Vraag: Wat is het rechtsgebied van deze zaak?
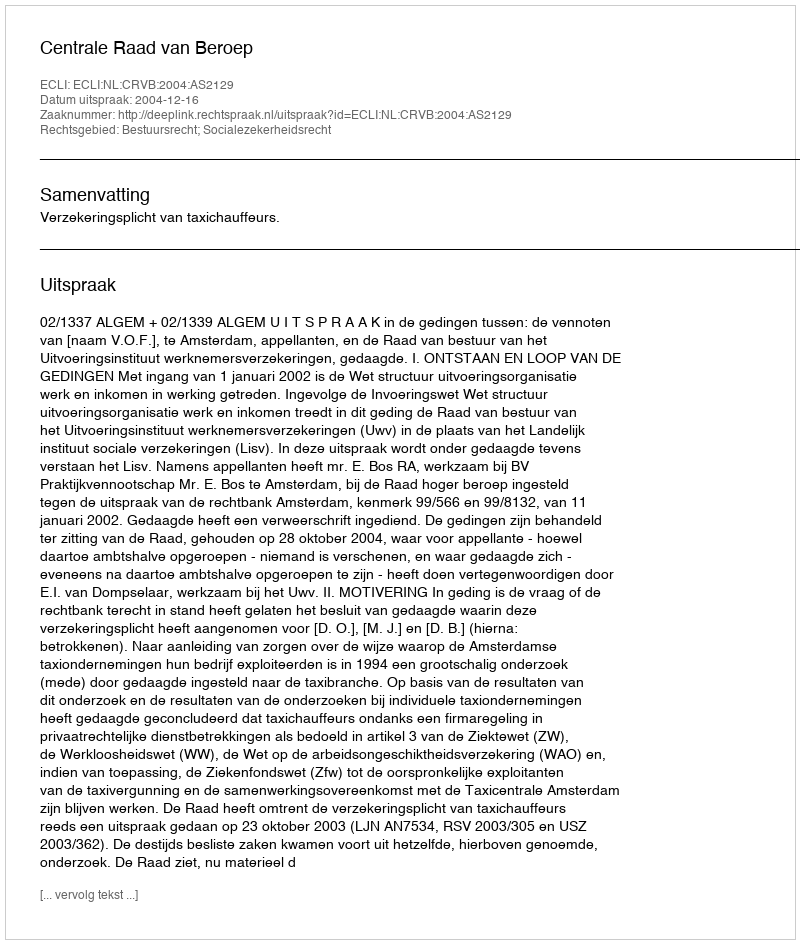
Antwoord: Bestuursrecht; Socialezekerheidsrecht